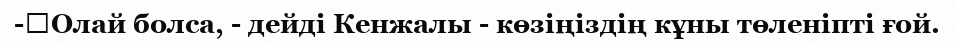
-	Олай болса, - дейді Кенжалы - көзіңіздің кұны төленіпті ғой.